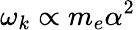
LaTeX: \omega_{k}\propto{m_{e}}\alpha^{2}